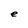
Character: e